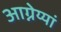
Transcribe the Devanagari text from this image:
आग्नेय्यां